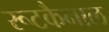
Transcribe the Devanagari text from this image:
रूटकैनाल